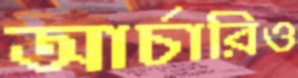
আর্চারিও